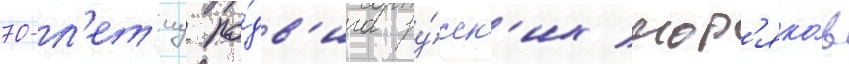
70-л'ет'иу по́дв'ига ру́сск'их мор'яко́в